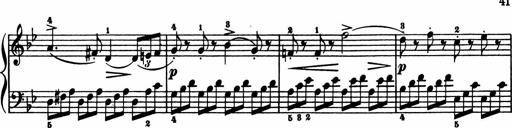
Title: 11 Sonatinas for Piano Solo
Composer: Anton Diabelli